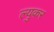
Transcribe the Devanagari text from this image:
ल्युकर